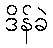
ဒိန်ခဲ